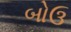
બોઉ